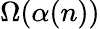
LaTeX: \Omega(\alpha(n))